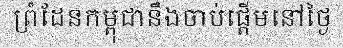
ព្រំដែនកម្ពុជានឹងចាប់ផ្តើមនៅថ្ងៃ